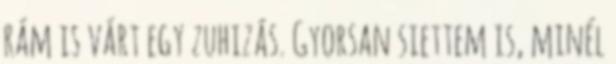
rám is várt egy zuhizás. Gyorsan siettem is, minél